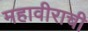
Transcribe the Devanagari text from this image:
महावीराची